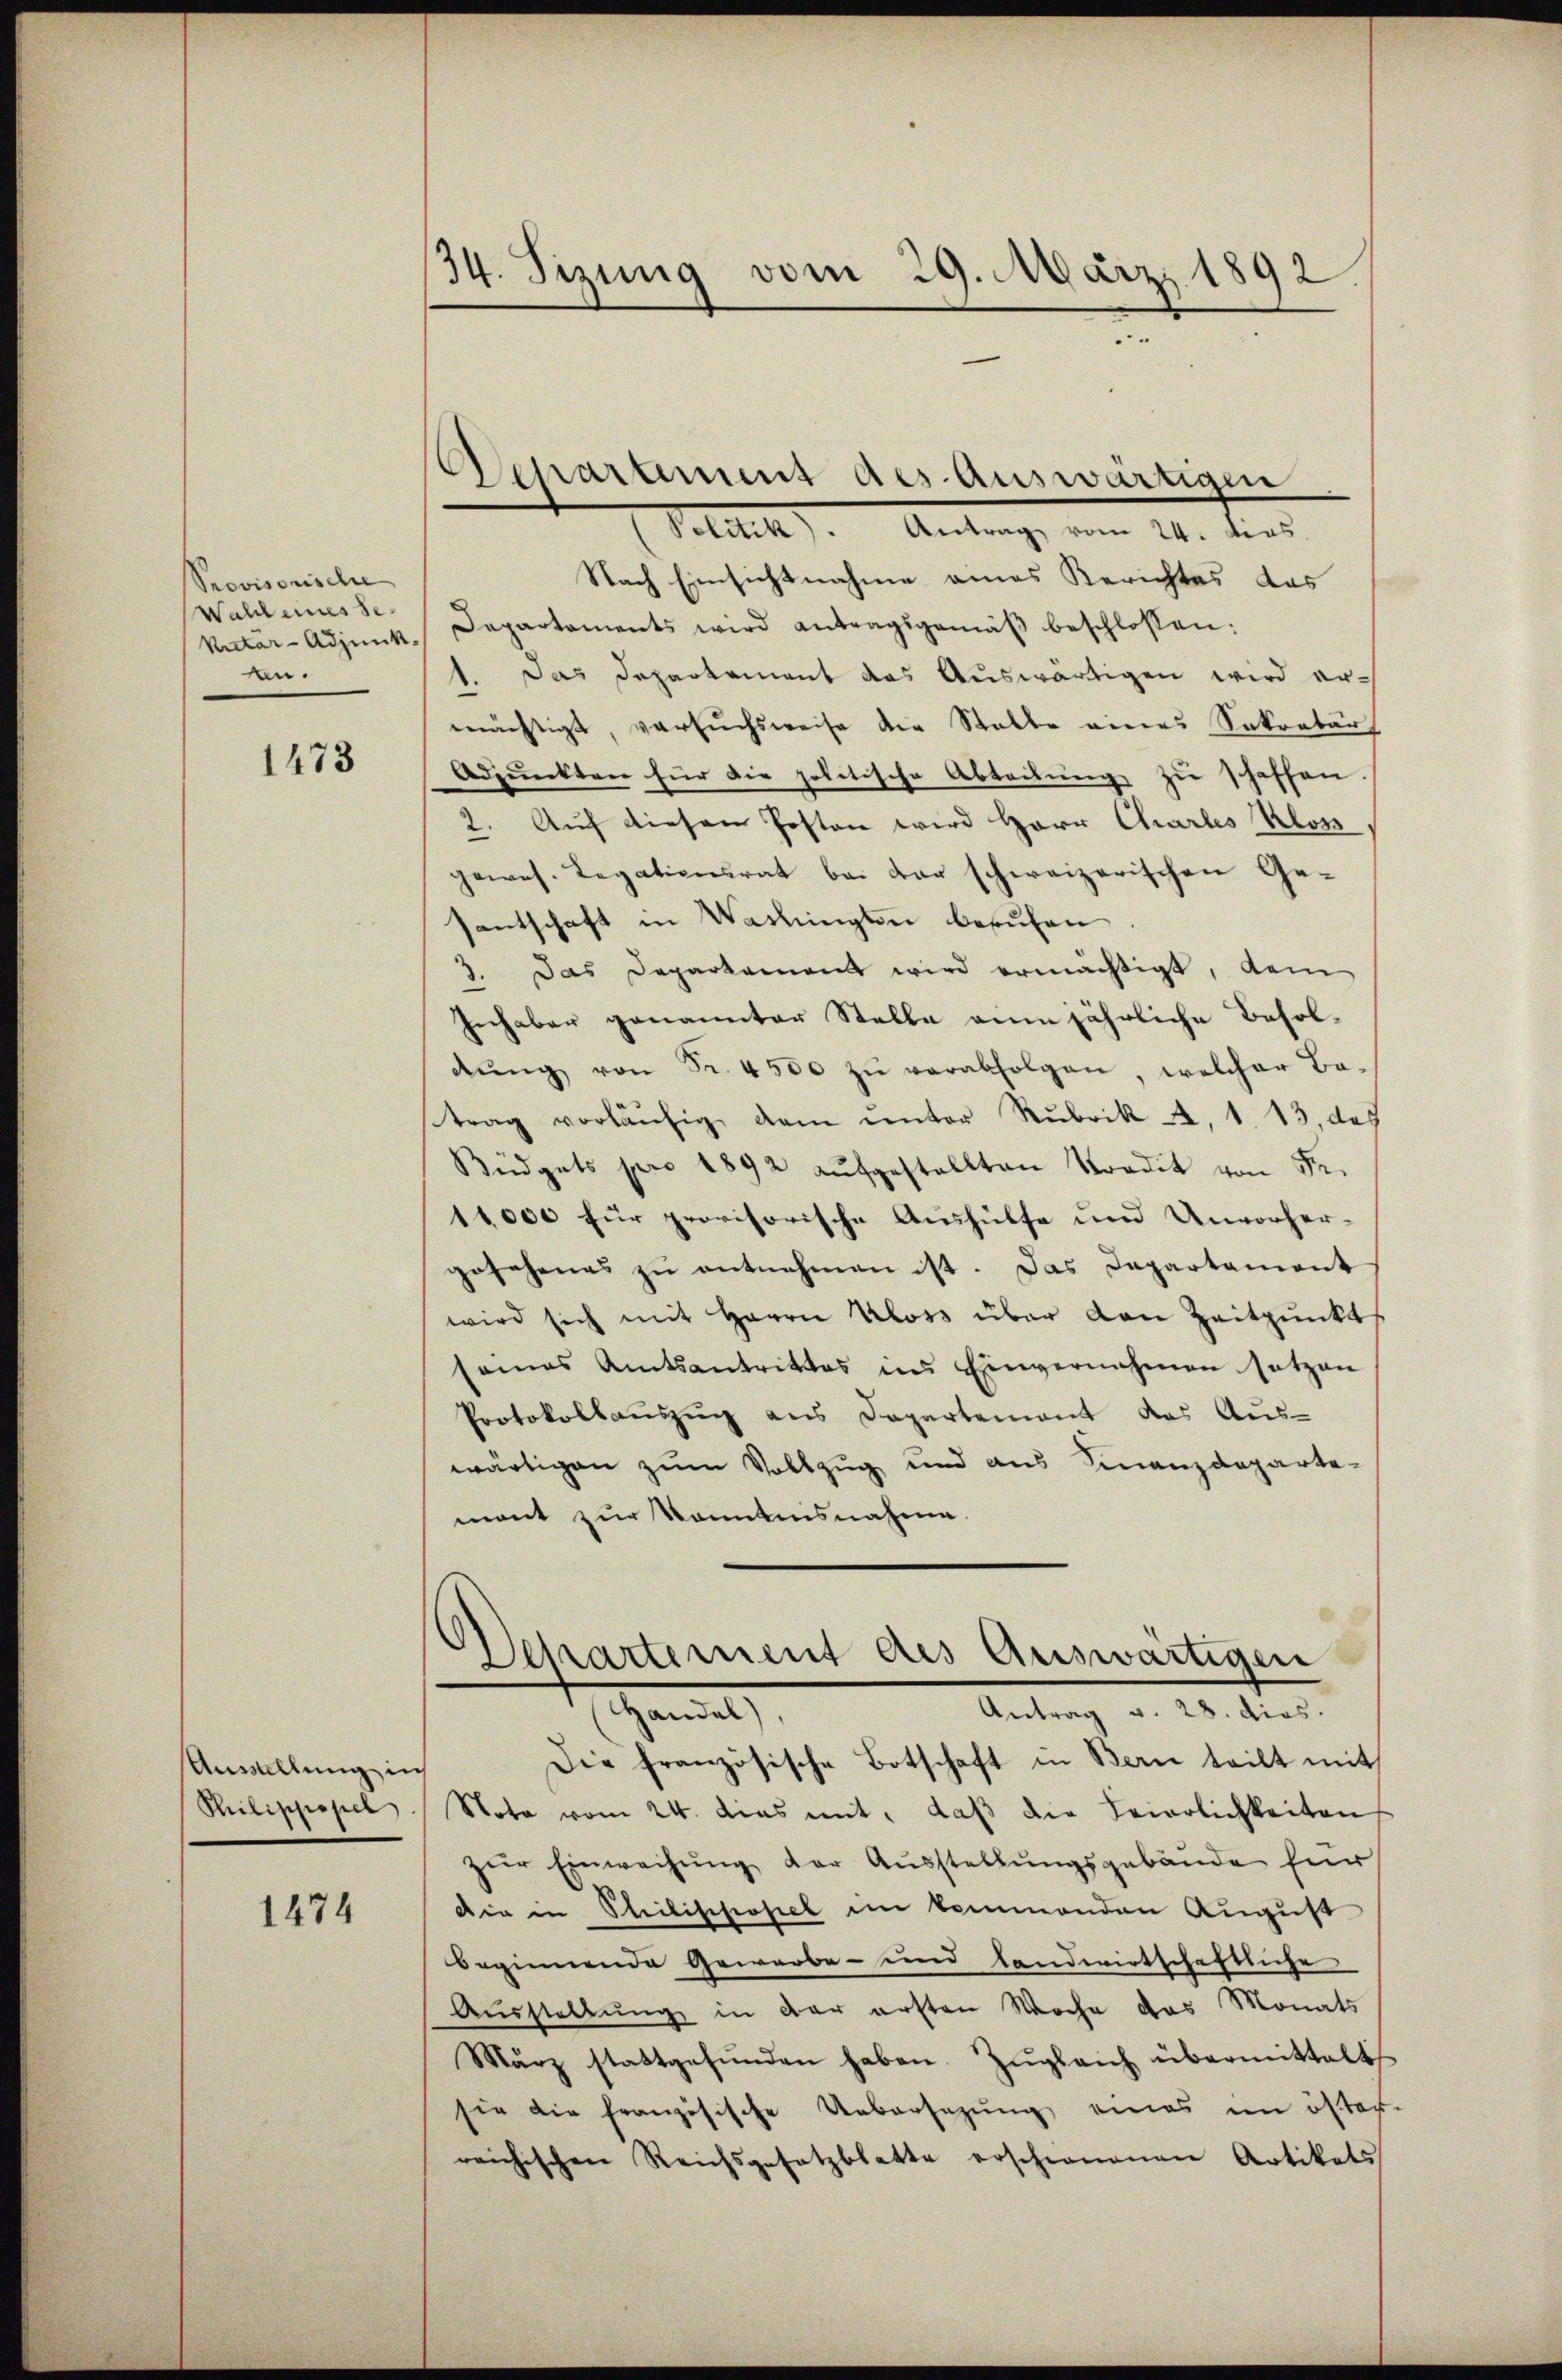
Provisorische
Wahl eines se
Vitar-Adjunk
en.

1473

Ausstellung in
Philippopel

1474

34. Sizung vom 29. März 1892

Departement des Auswärtigen
Petitel. Antrage vom 14. dies

Nach Einsichtnahme eines Berichtes das
Departaments wird antragsgemäß beschlossen:
1. Das Departement das Auswärtigen wird er-
mächtigt, versuchsweise die Stalle eines Sekretär
Adpunkten für die politische Abteibung zu schaffen.
2. Auf diesen Posten wird Herr Chartes Klos
gewes. Legationsrat bei vor schweizerischen Ge-
santschaft in Washingten berufen
3. Das Deparkament wird ermächtigt, dem
Inhaber genannter Stelle ain jährliche Besoldŭng von Fr. 4500 zŭ verabfolgen, welcher Ba-
trag vorläŭfig dam unter Rubrik a. 1. 13, das
Büdgets pro 1892 aŭfgestellten Stordit von Fr.
11,000 für provisorische Aushülfe und Unvorhergesehenes zŭ entnehmen ist. Das Departament
wird sich mit Herrn Kloss über von Zeitpunkt
seines Amtsantrittes ins Einvernahmen setzen
Protokollauszug aus Departement das Aus-
wärtigen zum Vollzug und aus Finanzdeparta-
mont zur Kenntnisnahme.

Echartement des Auswärtigen
Antrag v. 28. dies.
Handel)

Die französische Botschaft in Bern teilt mit
Nota vom 24. dies mit, daβ die Feierlichkeiten
zŭr Einwachŭng der Ausstellungsgebäude für
din in Stilischofiel im kommenden August
beginnende Gewerbe- und landwirtschaftliche
Ausstellung in der ersten Woche das Monats
März stattgefŭnden haben. Zŭgleich übermittelt
sie die französische Uebersezung eines im öster-
reichischen Reichsgesetzblatte erschienenen Artikats